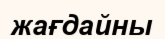
жағдайны